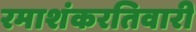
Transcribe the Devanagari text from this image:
रमाशंकरतिवारी